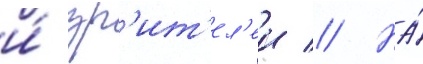
и́ зр'ит'ел'еи // На́